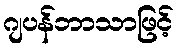
ဂျပန်ဘာသာဖြင့်